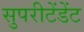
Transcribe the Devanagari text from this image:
सुपरीटेंडेंट